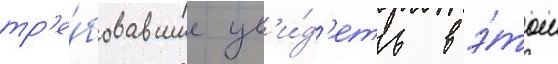
тр'е́бовавшие ув'и́д'еть в э́том